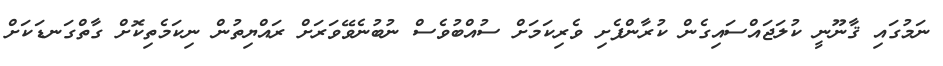
ނަމުގައި ޤާނޫނީ ކުލަޖައްސައިގެން ކުރާންފެށި ވެރިކަމަށް ސުއްބުވެސް ނުބުނެވޭވަރަށް ރައްޔިތުން ނިކަމެތިކޮށް ގާތްގަނޑަކަށް